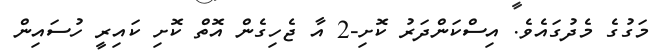
މަގުގެ މެދުގައެވެ. އިސްކަންދަރު ކޮށި-2 އާ ޖެހިގެން އޮތް ކޮށި ކައިރީ ހުސައިން